Production of alkali in liquid media by the Bacillus pestis - Number 33
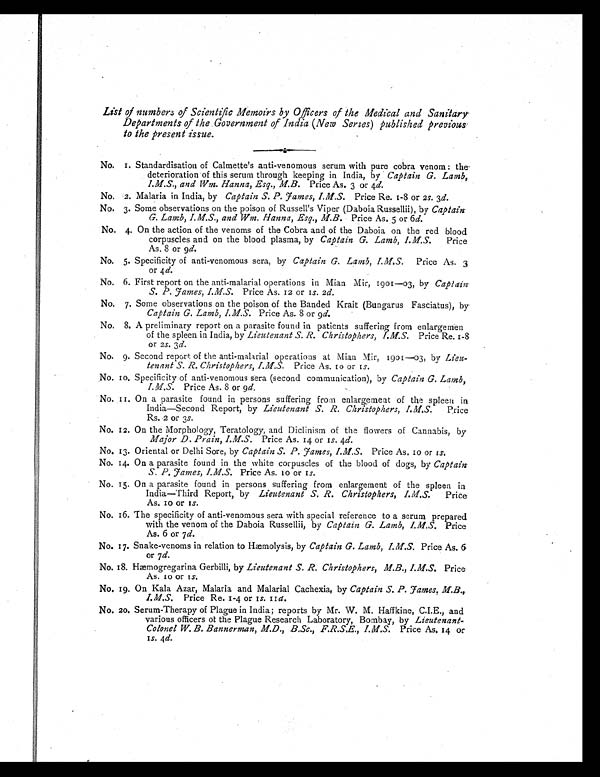
List of numbers of Scientific Memoirs by Officers of the Medical and Sanitary
Departments of the. Government of India (New Series) published previous
to the present issue.
No. 1. Standardisation of Calmette's anti-venomous serum with pure cobra venom : the-
deterioration of this serum through keeping in India, by Captain G. Lamb,
I.M.S., and Wm. Hanna, Esq., M.B. Price As. 3 or 4 d.
No. 2. Malaria in India, by Captain S. P. James, I.M.S. Price Re. 1-8 or 2s . 3d.
No. 3. Some observations on the poison of Russell's Viper (Daboia Russellii), by Captain
G. Lamb, I.M.S., and Wm. Hanna, Esq., M.B. Price As. 5 or 6 d.
No. 4. On the action of the venoms of the Cobra and of the Daboia on the red blood
corpuscles and on the blood plasma, by Captain G. Lamb, I.M.S. Price
As. 8 or 9d.
No. 5. Specificity of anti-venomous sera, by Captain G. Lamb, I.M.S. Price As. 3
or 4 d.
No. 6. First report on the anti-malarial operations in Mian Mir, 1901-03, by Captain
S. P. James, I.M.S. Price As. 12 or 1s. 2d.
No. 7. Some observations on the poison of the Banded Krait (Bungarus Fasciatus), by
Captain G. Lamb, I.M.S. Price As. 8 or 9d.
No. 8. A preliminary report on a parasite found in patients suffering from enlargemen
of the spleen in India, by Lieutenant S. R. Christophers, I.M S. Price Re. 1-8
or 2 S. 3 d.
No. 9. Second report of the anti-malarial operations at Mian Mir, 1901-03, by Lieu-
tenant S. R. C1zristophers, I.M.S. Price As. 10 or 1s.
No. 10, Specificity of anti-venomous sera (second communication), by Captain G. Lamb,
I.M.S. Price As. 8 or 9 d.
No. 11. On a parasite found in persons suffering from enlargement of the spleen in
India-Second Report, by Lieutenant S. R. Christophers, I.M.S. Price
Rs. 2 or 3s.
No. 12. On the Morphology, Teratology, and Diclinism of the flowers of Cannabis, by
Major D. Prain, I.M.S. Price As. 14 or 1s. 4d.
No. 13. Oriental or Delhi Sore, by Captain S. P. James, I.M.S. Price As. 10 or 1s.
No. 14. On a parasite found in the white corpuscles of the blood of dogs, by Captain
S. P. James, I.M.S. Price As. 10 or 1s.
No. 15. On a parasite found in persons suffering from enlargement of the spleen in
India—Third Report, by Lieutenant S. R. Christophers, I.M.S. Price
As. 10 or 1s.
No. 16. The specificity of anti-venomous sera with special reference to a serum prepared
with the venom of the Daboia Russellii, by Captain G. Lamb, I.M.S. Price
As. 6 or 7 d.
No. 17. Snake-venoms in relation to Hæmolysis, by Captain G. Lamb, I.M.S. Price As. 6
or 7 d.
No. 18. Hæmogregarina Gerbilli, by Lieutenant S. R. Christophers, M.B., I.M.S. Price
As. 10 or 1s.
No. 19. On Kala Azar, Malaria and Malarial Cachexia, by Captain S. P. James, M.B.,
I.M.S. Price Re. 1-4 or 1s. 11d.
No. 20. Serum-Therapy of Plague in India; reports by Mr. W . M. Haffkine, C.I.E., and
various officers of the Plague Research Laboratory, Bombay, by Lieutenant-
Colonel W. B. Bannerman, M.D., B.Sc., F.R.S.E., I.M.S. Price As. 14 or
1 s .
4 d .